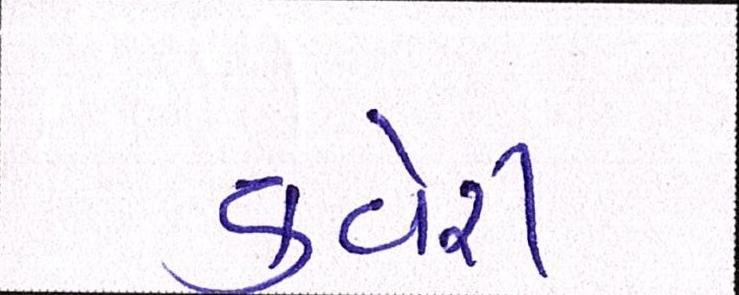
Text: કવેરી